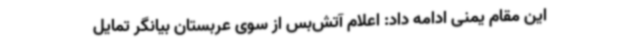
این مقام یمنی ادامه داد: اعلام آتش‌بس از سوی عربستان بیانگر تمایل